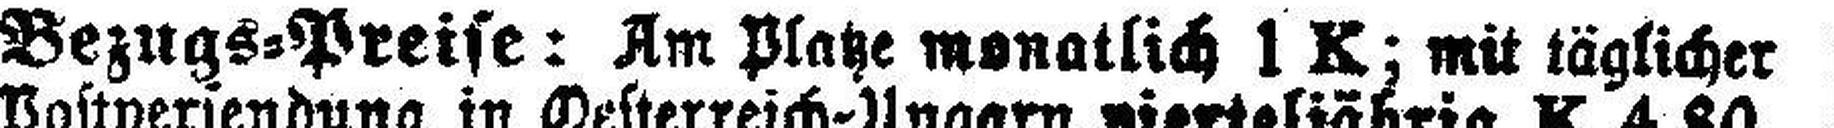
Bezugs=Preise: Am Platze monatlich 1 K; mit täglicher